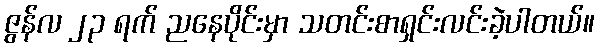
ဇွန်လ ၂၃ ရက် ညနေပိုင်းမှာ သတင်းစာရှင်းလင်းခဲ့ပါတယ်။